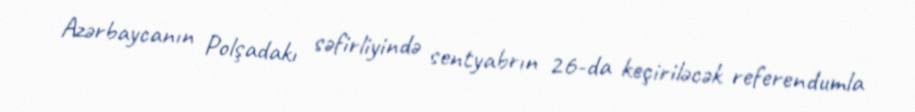
Azərbaycanın Polşadakı səfirliyində sentyabrın 26-da keçiriləcək referendumla